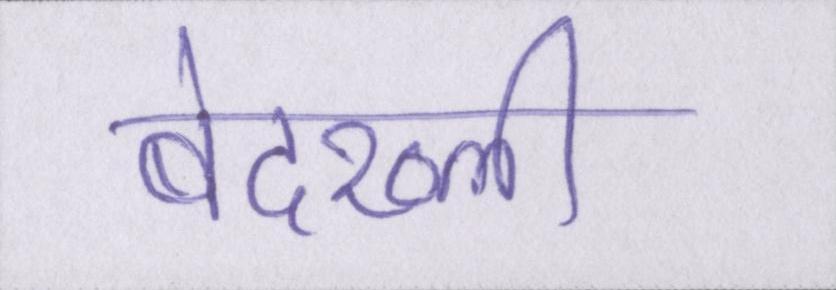
बेदख्ली